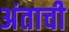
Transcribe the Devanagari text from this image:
अंताची